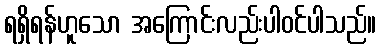
ရရှိရန်ဟူသော အကြောင်းလည်းပါဝင်ပါသည်။